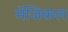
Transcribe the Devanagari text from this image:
मॅजिकल